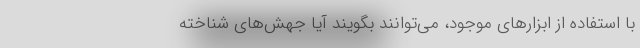
با استفاده از ابزارهای موجود، می‌توانند بگویند آیا جهش‌های شناخته